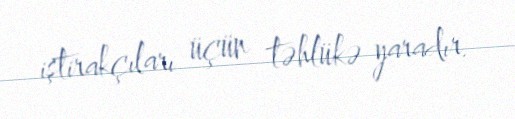
iştirakçıları üçün təhlükə yaradır.